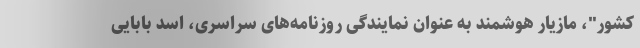
کشور"، مازیار هوشمند به عنوان نمایندگی روزنامه‌های سراسری، اسد بابایی